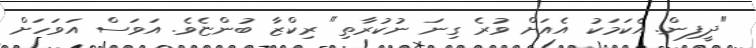
"ދީފިން. އެކަމަކު އެއަށް ވުރެ ގިނަ ނުކުރާތި" ރިކްޒާ ބުންޏެވެ. އަވަސް އަވަހަށް